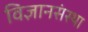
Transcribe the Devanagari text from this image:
विज्ञानसंस्था